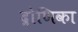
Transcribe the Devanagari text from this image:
द्रोणिका